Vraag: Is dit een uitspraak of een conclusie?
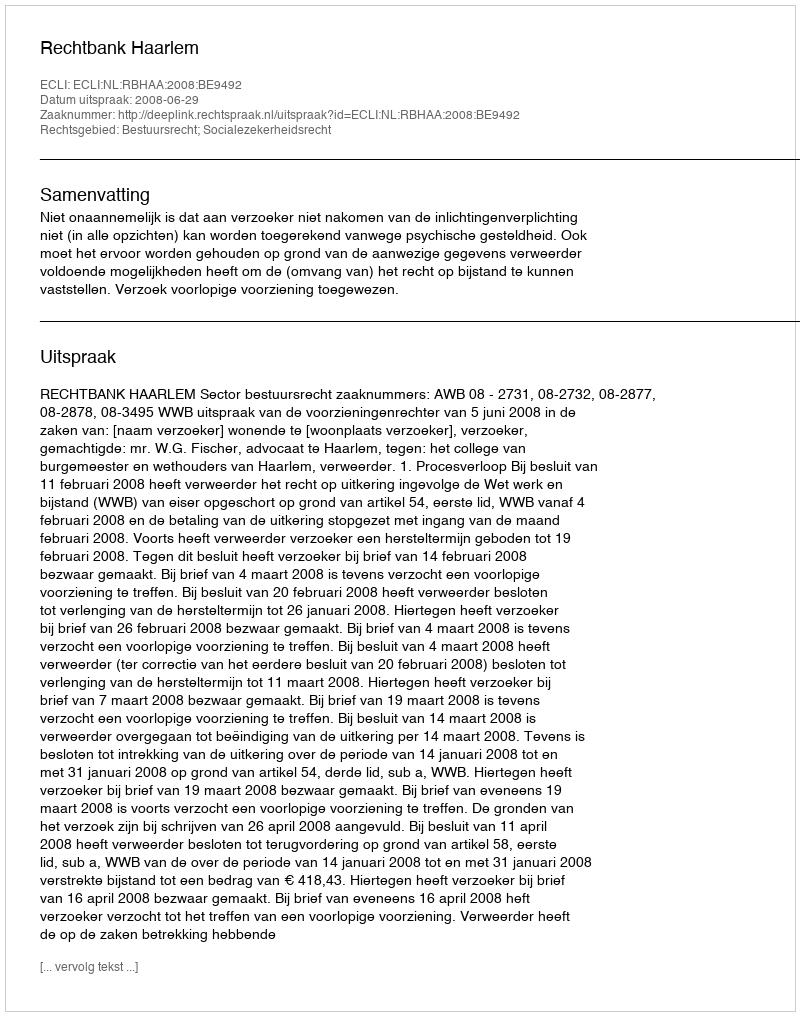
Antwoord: Uitspraak